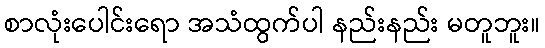
စာလုံးပေါင်းရော အသံထွက်ပါ နည်းနည်း မတူဘူး။